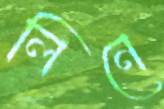
লিনে